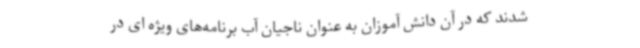
شدند که در آن دانش آموزان به عنوان ناجیان آب برنامه‌های ویژه ‌ای در